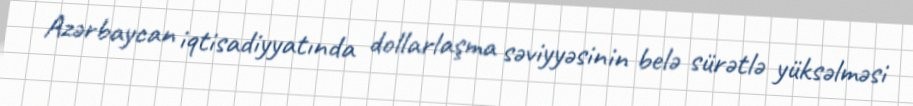
Azərbaycan iqtisadiyyatında dollarlaşma səviyyəsinin belə sürətlə yüksəlməsi